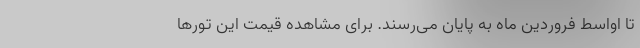
تا اواسط فروردین ماه به پایان می‌رسند. برای مشاهده قیمت این تورها